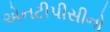
એનટીપીસીનો